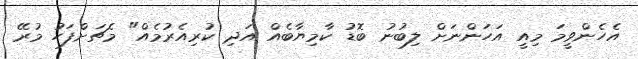
އެހެންވީމަ މިއީ އަހަންނަށް ލިބުނު ބޮޑު ކާމިޔާބެއް އަދި ކުރިއެރުމެއް" މެޗަށްފަހު މުރޭ